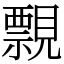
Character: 𧢄